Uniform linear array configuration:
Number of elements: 8
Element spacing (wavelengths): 0.5
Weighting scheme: blackman
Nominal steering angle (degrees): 0
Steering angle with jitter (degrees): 1.485
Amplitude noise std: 0.05
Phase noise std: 0.05

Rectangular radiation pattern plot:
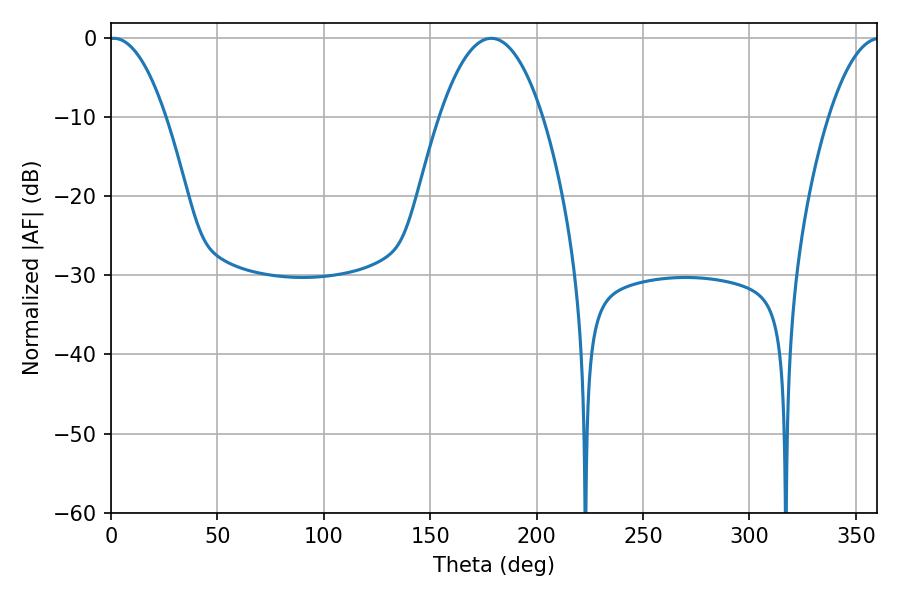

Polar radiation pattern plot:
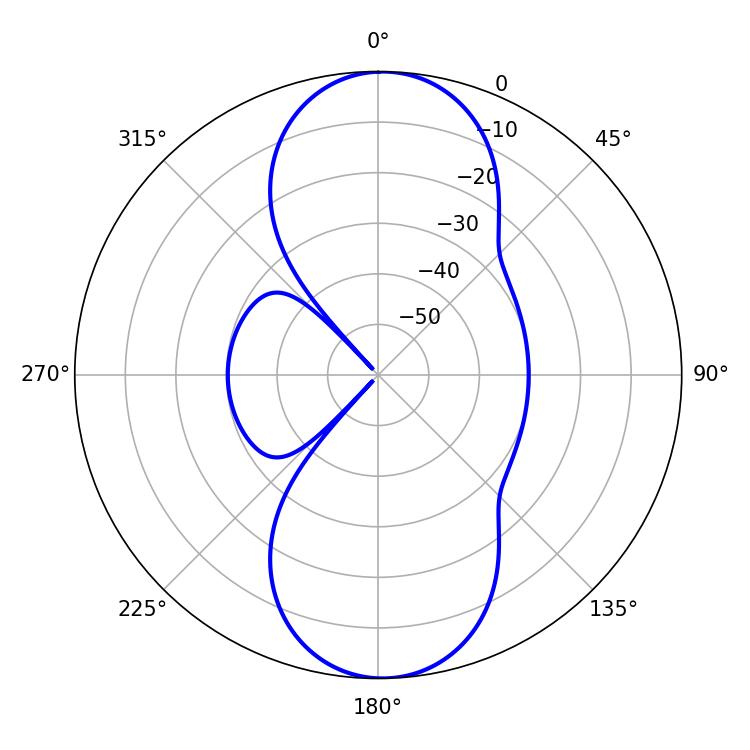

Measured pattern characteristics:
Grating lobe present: FALSE
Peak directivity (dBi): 18.878
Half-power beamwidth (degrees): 14.76
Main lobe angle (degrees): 1.26